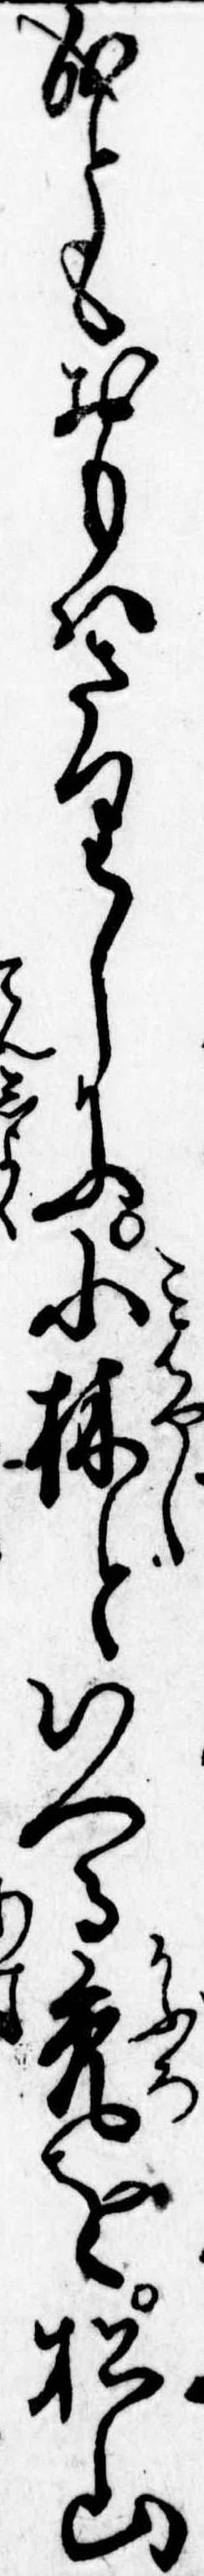
成ともおもはさりしに小林といへる禿を松山